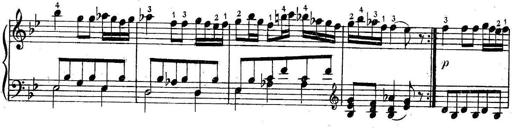
Title: 6 Easy Sonatinas
Composer: Carl Czerny